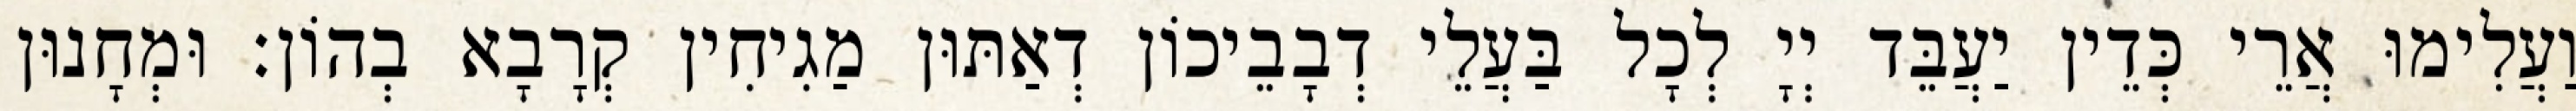
וַעֲלִימוּ אֲרֵי כְּדֵין יַעֲבֵּד יְיָ לְכָל בַּעֲלֵי דְבָבֵיכוֹן דְאַתּוּן מַגִיחִין קְרָבָא בְהוֹן׃ וּמְחָנוּן